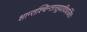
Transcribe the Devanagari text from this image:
शान्तश्चिन्तासूयादिवर्जितः